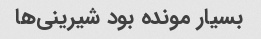
بسیار مونده بود شیرینی‌ها